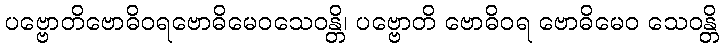
ပဗ္ဗောတိဗောဓိဝရဗောဓိမေဝသေဝန္တိ၊ ပဗ္ဗောတိ ဗောဓိဝရ ဗောဓိမေဝ သေဝန္တိ